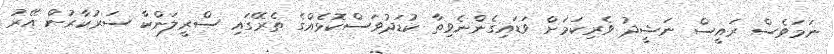
ނަމަވެސް ރައީސް ނަޝީދު ވެރިކަމަށް ވަޑައިގެންނެވިތާ ކުޑަދުވަސްކޮޅެއްގެ ތެރޭގައި ސްރީލަންކާ ސަރުކާރުން އޭރު